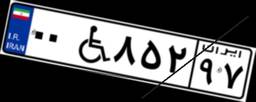
۰۰W۸۵۲۹۷